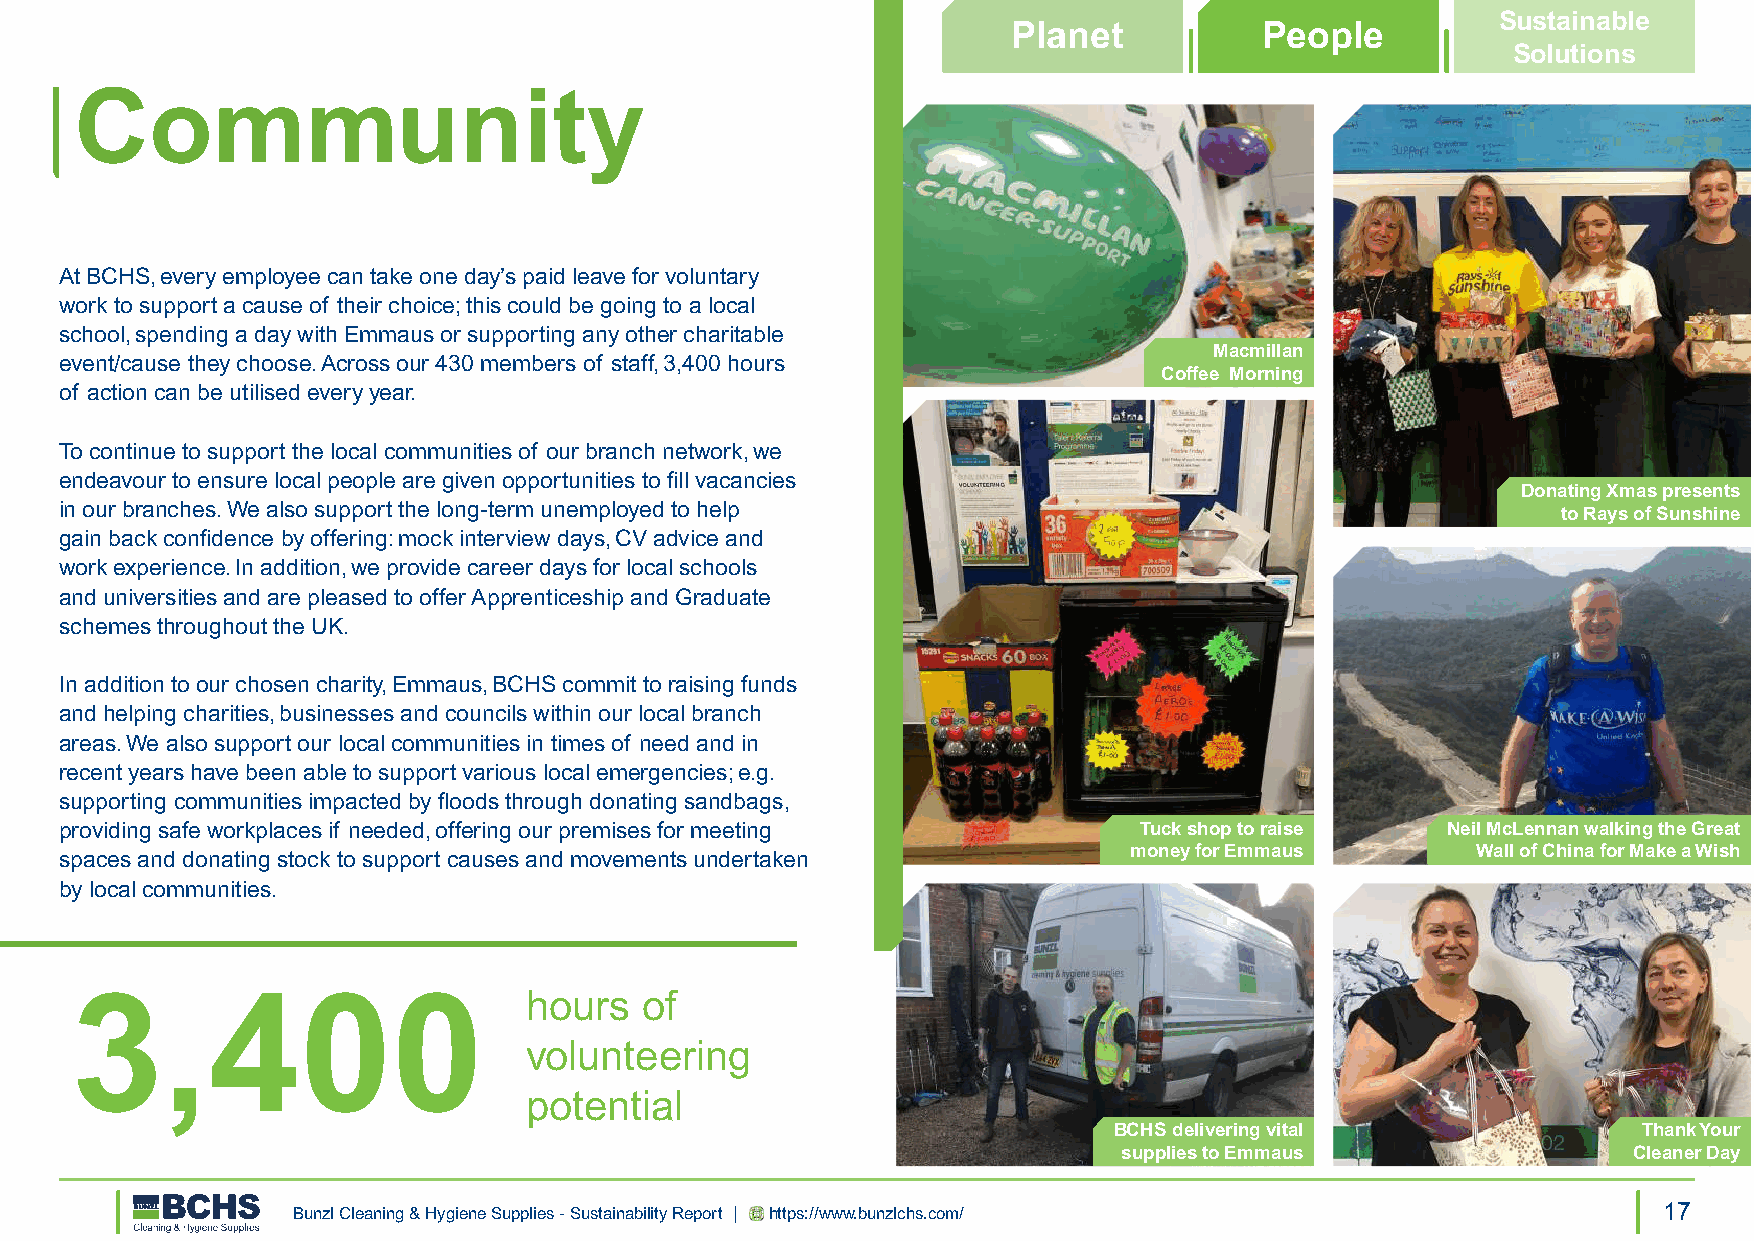
Sustainable
 Planet           People
 Solutions
 Community
 At BCHS, every employee can take one day’s paid leave for voluntary
 work to support a cause of their choice; this could be going to a local
 school, spending a day with Emmaus or supporting any other charitable
 Macmillan
 event/cause they choose. Across our 430 members of staff, 3,400 hours
 Coffee Morning
 of action can be utilised every year.
 To continue to support the local communities of our branch network, we
 endeavour to ensure local people are given opportunities to fill vacancies
 Donating Xmas presents
 in our branches. We also support the long-term unemployed to help                                  to Rays of Sunshine
 gain back confidence by offering: mock interview days, CV advice and
 work experience. In addition, we provide career days for local schools
 and universities and are pleased to offer Apprenticeship and Graduate
 schemes throughout the UK.
 In addition to our chosen charity, Emmaus, BCHS commit to raising funds
 and helping charities, businesses and councils within our local branch
 areas. We also support our local communities in times of need and in
 recent years have been able to support various local emergencies; e.g.
 supporting communities impacted by floods through donating sandbags,
 providing safe workplaces if needed, offering our premises for meeting Tuck shop to raise   Neil McLennan walking the Great
 money for Emmaus       Wall of China for Make a Wish
 spaces and donating stock to support causes and movements undertaken
 by local communities.
 3,400                         hours  of
 volunteering
 potential
 BCHS delivering vital              Thank Your
 supplies to Emmaus                Cleaner Day
 Bunzl Cleaning & Hygiene Supplies - Sustainability Report | https://www.bunzlchs.com/      17